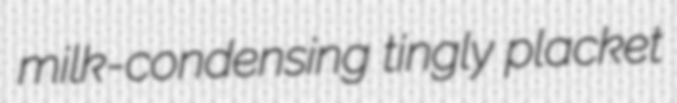
milk-condensing tingly placket